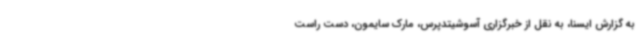
به گزارش ایسنا، به نقل از خبرگزاری آسوشیتدپرس، مارک سایمون، دست راست